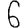
Digit: 6